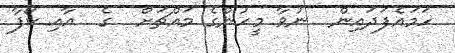
ހަމައެފަދައިން  ނުވާ މީހުންގެ މައްޗަށް  ގެ  އާއި ކޯފާ